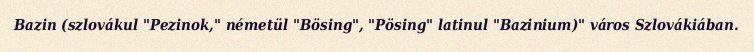
Bazin (szlovákul "Pezinok," németül "Bösing", "Pösing" latinul "Bazinium)" város Szlovákiában.